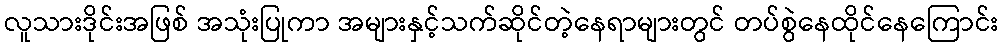
လူသားဒိုင်းအဖြစ် အသုံးပြုကာ အများနှင့်သက်ဆိုင်တဲ့နေရာများတွင် တပ်စွဲနေထိုင်နေကြောင်း